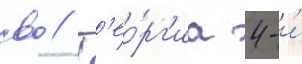
св // Г'ео́рг'иа 4-и́